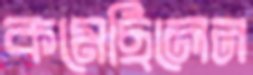
কমেছিলেন